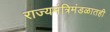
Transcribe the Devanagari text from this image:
राज्यमंत्रिमंडळातही